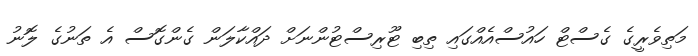
މަތިވެރީގެ ގެސްޓް ހައުސްއެއްގައި ތިބި ޓޫރިސްޓުންނަށް ދައްކާލަން ގެންގޮސް އެ ތަނުގެ ލޮނު